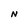
Character: N